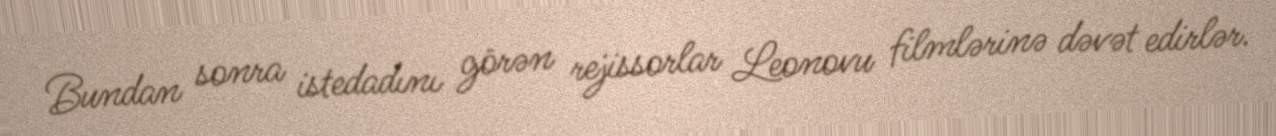
Bundan sonra istedadını görən rejissorlar Leonovu filmlərinə dəvət edirlər.